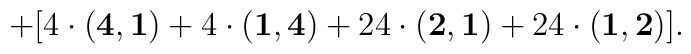
+[4\cdot {\bf (4,1)} + 4\cdot {\bf (1,4)} + 24\cdot{\bf(2,1)} + 24 \cdot {\bf (1,2)}].